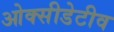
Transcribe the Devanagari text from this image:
ओक्सीडेटीव